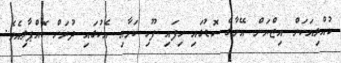
ކުއްލިއަކަށް އިޒްޔަން އޭނާގެ ކޮޑުގައި ހިފައި ފޫހި ކަމާއި އެކުގައި ދުރަށް ކޮއްޕާލިއެވެ.